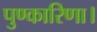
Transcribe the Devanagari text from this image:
पुण्कारिणा।